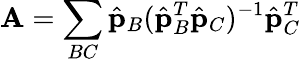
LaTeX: \mathbf{A}=\sum_{BC}\hat{\mathbf{p}}_{B}(\hat{\mathbf{p}}_{B}^{T}\hat{\mathbf{p}}_{C})^{-1}\hat{\mathbf{p}}_{C}^{T}